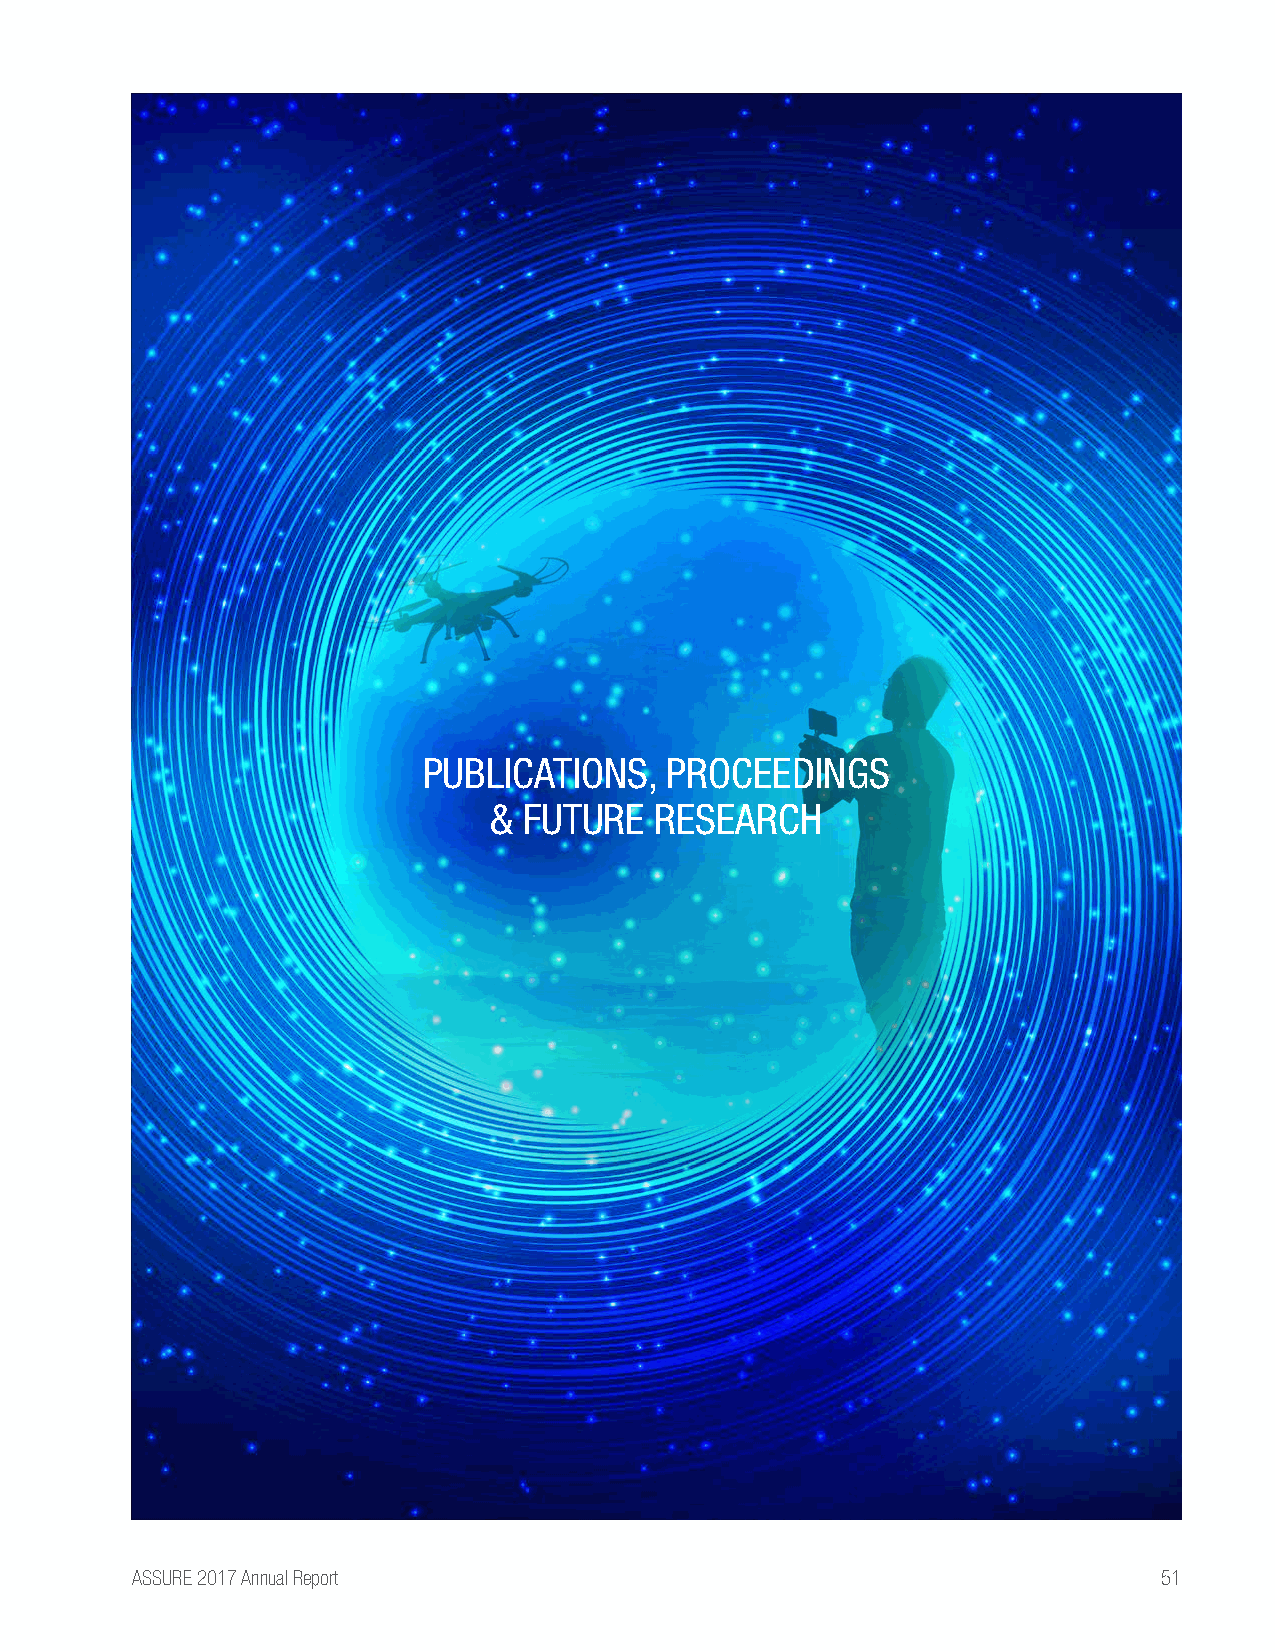
PUBLICATIONS,   PROCEEDINGS
 &  FUTURE  RESEARCH
 ASSURE 2017 Annual Report                                           51